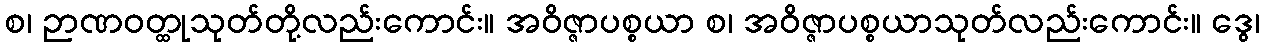
စ၊ ဉာဏဝတ္ထုသုတ်တို့လည်းကောင်း။ အဝိဇ္ဇာပစ္စယာ စ၊ အဝိဇ္ဇာပစ္စယာသုတ်လည်းကောင်း။ ဒွေ၊